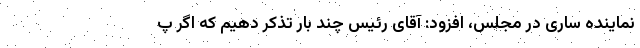
نماینده ساری در مجلس، افزود: آقای رئیس چند بار تذکر دهیم که اگر پ